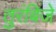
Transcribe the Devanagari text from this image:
तुरंबिजे